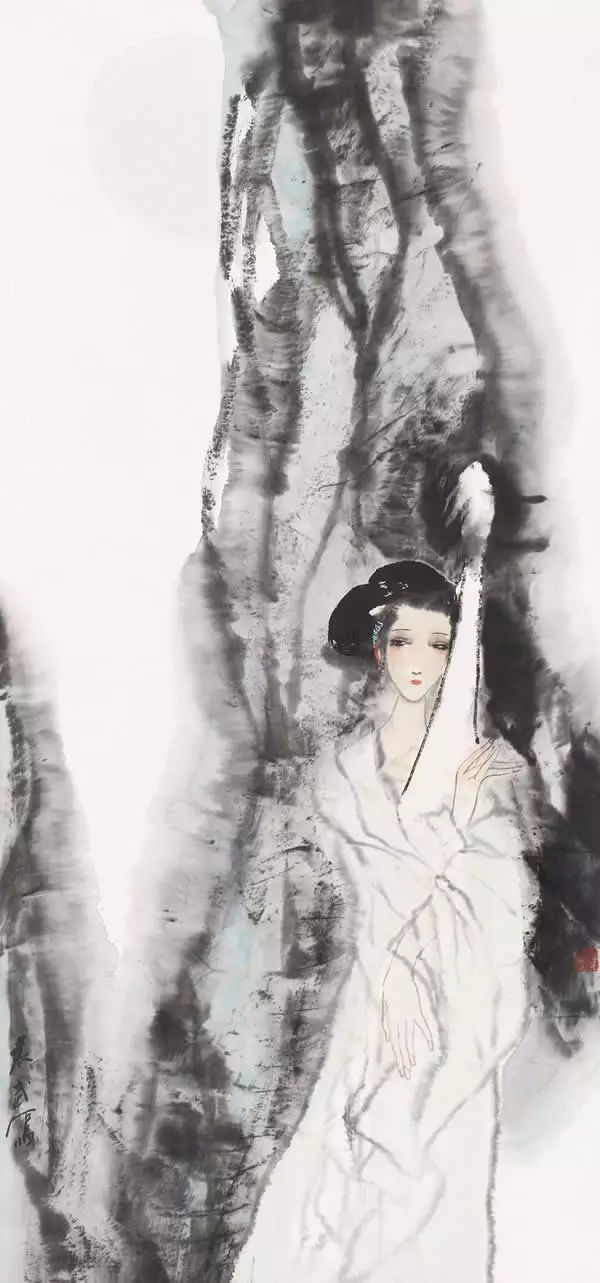
琵琶金翠羽，弦上黄莺语。